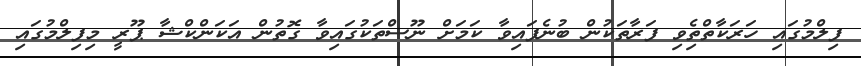
ފިލްމުގައި ހަރަކާތްތެިވި ފަރާތަކުން ބުނެފައިވާ ކަމަށް ނޫސްތަކުގައިވާ ގޮތުން އަކަންކްޝާ ޕޫރީ މިފިލްމުގައި